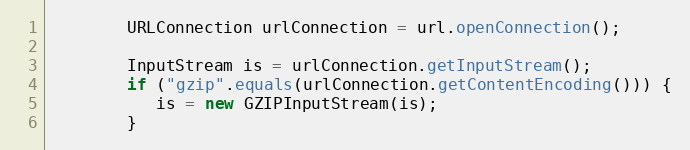
Language: Java
        URLConnection urlConnection = url.openConnection();

        InputStream is = urlConnection.getInputStream();
        if ("gzip".equals(urlConnection.getContentEncoding())) {
           is = new GZIPInputStream(is);
        }